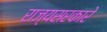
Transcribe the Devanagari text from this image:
राज्यसरकारे